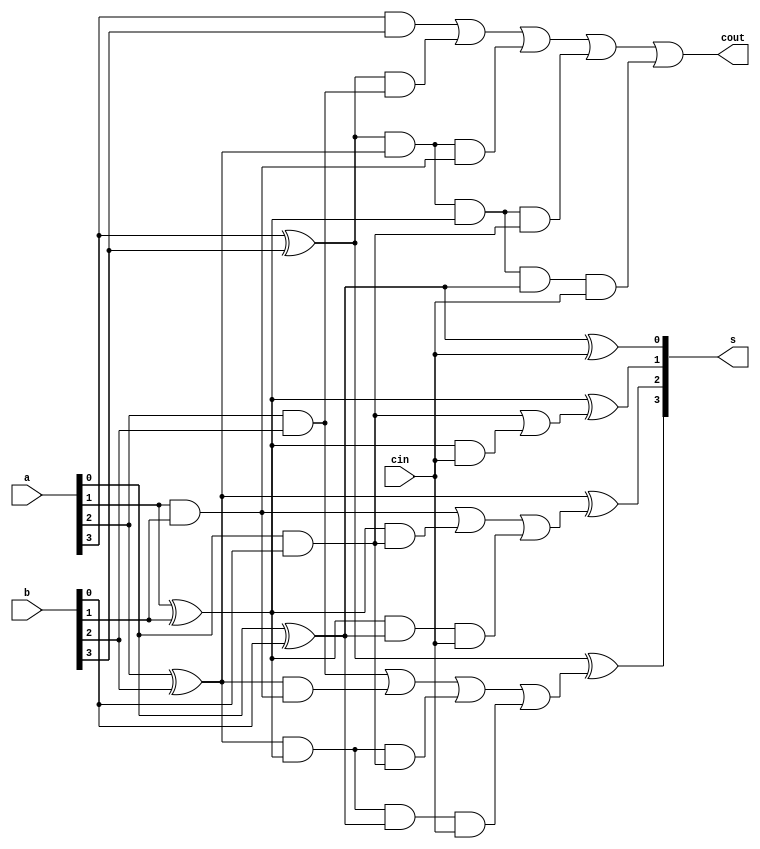

module carry_ahea_adder(s,cout,a,b,cin);
input [3:0]a,b;
input cin;
output [3:0]s;
output cout;
wire p0,g0,p1,g1,p2,g2,p3,g3;
wire c1,c2,c3;

assign p0=a[0]^b[0],  p1=a[1]^b[1],  p2=a[2]^b[2],  p3=a[3]^b[3];
assign g0=a[0]&b[0],  g1=a[1]&b[1],  g2=a[2]&b[2],  g3=a[3]&b[3];

assign c1=g0|(p1&cin),
       c2=g1|(p1&g0)|(p1&p0&cin),
       c3=g2|(p2&g1)|(p2&p1&g0)|(p2&p1&p0&cin),
		 cout=g3|(p3&g2)|(p3&p2&g1)|(p3&p2&p1&g0)|(p3&p2&p1&p0&cin);
		 
assign s[0]=p0^cin,
       s[1]=p1^c1,
       s[2]=p2^c2,
       s[3]=p3^c3;
endmodule